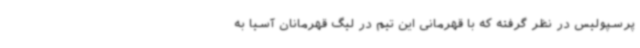
پرسپولیس در نظر گرفته که با قهرمانی این تیم در لیگ قهرمانان آسیا به